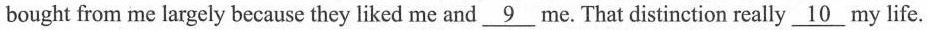
bought from me largely because they liked me and \underline{9} me. That distinction really \underline{10} my life.